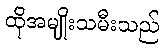
ထိုအမျိုးသမီးသည်